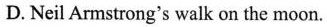
D. NeilArmstrong's walk on the moon.